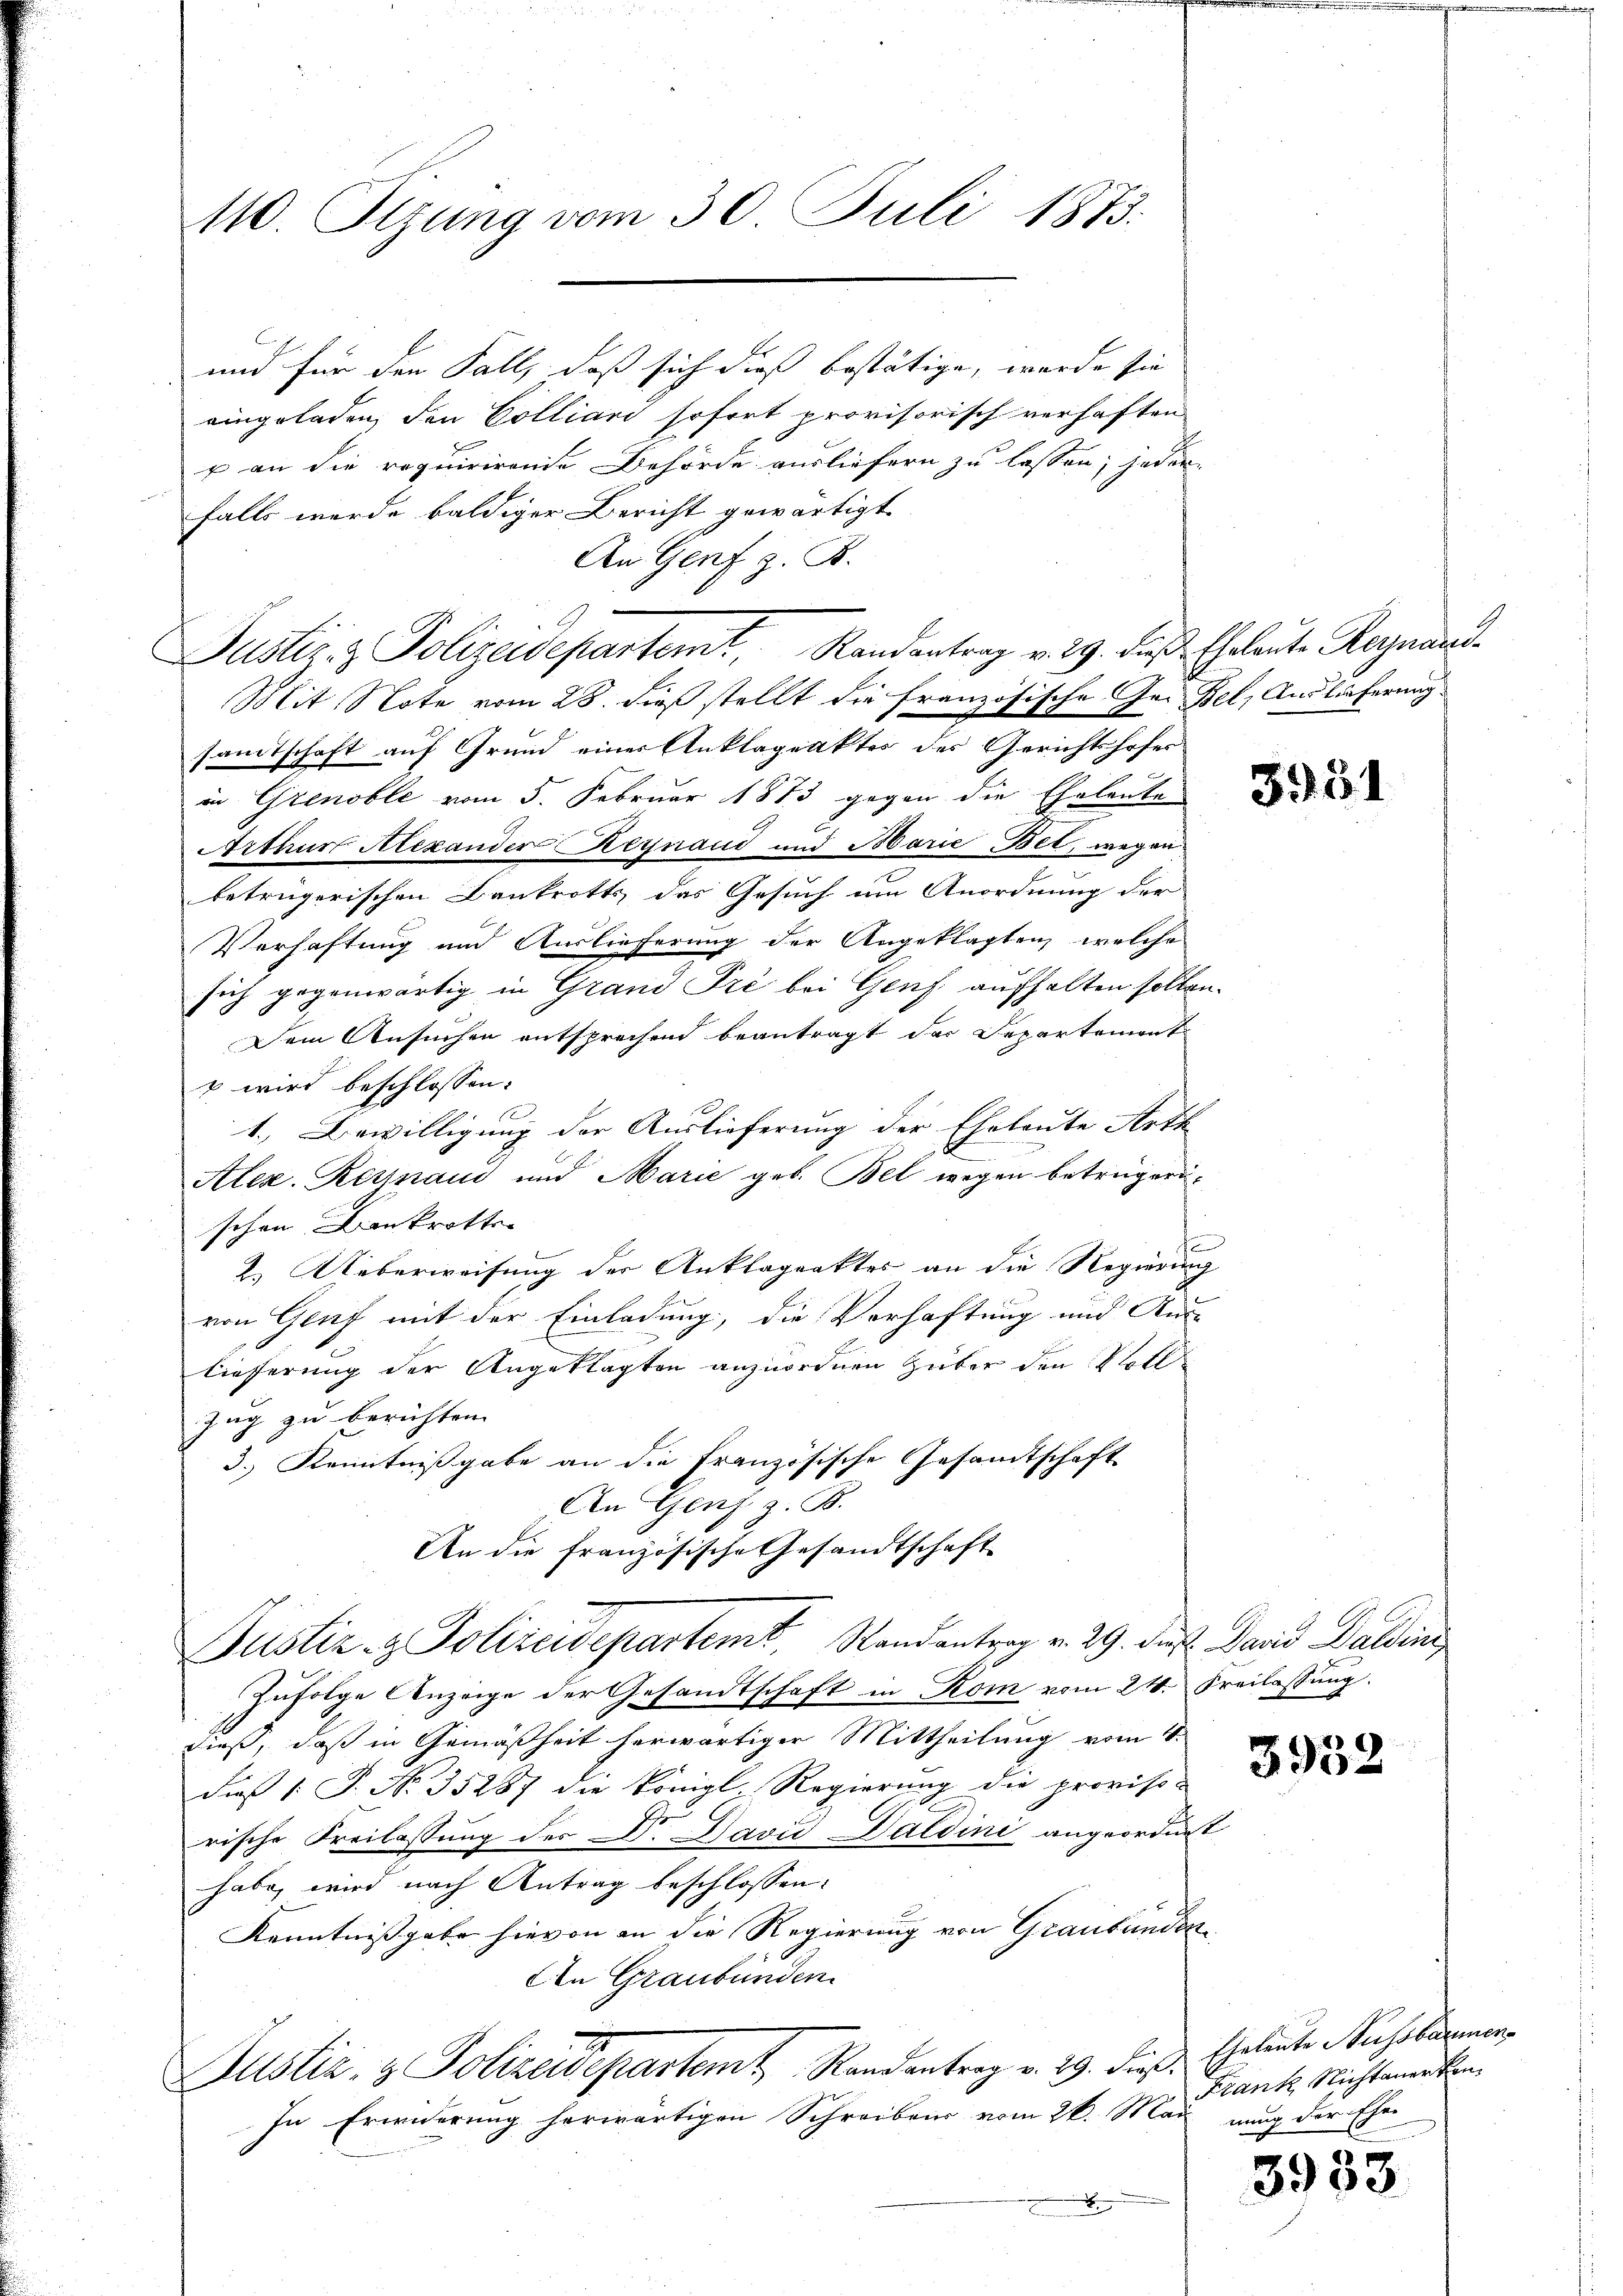
110. Sizung vom 30. Juli 1873.

und für den Fall, daß sich dieß bestätige, wurde sie
eingeladen, den Colliard sofort provisorisch verhaften
p an die requirirende Behörde ausliefern zu lassen; jeden
falls werde baldiger Bericht gewärtigt.
An Genf z. B.
Justiz- & Polizeidepartemt, Randantrag v. 29. des Eheleute Reinand
Mit Note vom 28. dieß stellt die französische Ge-Bel, Auslieferung
samtschaft auf Grund einer Anklageaktes des Gerichtshofer
in Grenoble vom 5. Februar 1873 gegen die Eheleute
Arthur Alexander Reynaud und Marie Bet, wegen
betrügerischen Bankrotts das Gesuch um Anordnung der
Verhaftung und Auslieferung der Angeklagten, welche
sich gegenwärtig in Grand Pré bei Genf aufhalten sollen.
Dem Ansuchen entsprechend beantragt der Departement
 wird beschlossen:
f
1.) Bewilligung der Auslieferung der Eheleute Arth |
Alez. Reynau und Marie geb. Bel wegen betrügerischon Bankrott
2. Ueberweisung der Anklagenktes an die Regierung
von Genf mit der Einladung, die Vorhaftung und Aus-
lieferung der Angeklagten anzuordnen Huber den Voll¬
Zug zu berichten.
3.) Kenntnißgabe an die Französische Gesamtschaft
An Genf z. B.
An die französische Gesandtschaft
Justiz- & Polizeidepartemb. Randantrag v. 29. des David Balden
zufolge Anzeige der Gesandtschaft in Rom vom 24. Freilassung.
dieß, daß in Gemäßheit herwärtiger Mittheilung vom 1.
Fieß P. No. 35287 die königl. Regierung die provisorische Freilassung des Dr. David Daldini angeordnet
habe, wird nach Antrag beschlossen:
Kenntnißgabe hievon an die Regierung von Graubünden
An Graubünden.
Justiz- & Polizeidepartamt Randantrag v. 19. daß
In Erwiderung herwärtigen Schreibens vom 26. Mai nung der Ehe

3951

3932

Eheleute Aussbarmer¬
Frank Nichtanerken

f

3933